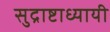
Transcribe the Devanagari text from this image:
सुद्राष्टाध्यायी